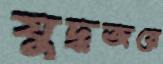
যুদ্ধজয়ে